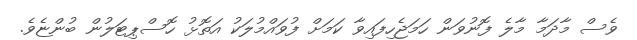
ވެސް މާދަމާ މާލެ ފޮނުވަން ހަމަޖެހިފައިވާ ކަމަށް ފުވައްމުލަކު އަތޮޅު ހޮސްޕިޓަލުން ބުންޏެވެ.